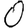
Digit: 0